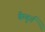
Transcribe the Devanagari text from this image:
बैम्बुर्ग